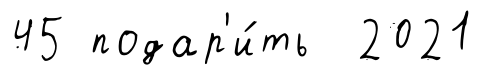
45 подар'и́ть 2021